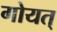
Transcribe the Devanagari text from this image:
गोयत्